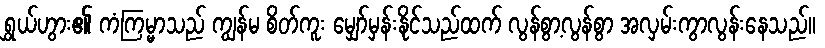
ရွှယ်ဟွား၏ ကံကြမ္မာသည် ကျွန်မ စိတ်ကူး မျှော်မှန်းနိုင်သည်ထက် လွန်စွာ့လွန်စွာ အလှမ်းကွာလွန်းနေသည်။